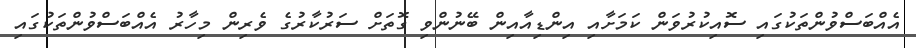
އެއްބަސްވުންތަކުގައި ސޮއިކުރުވަން ކަމަށާއި އިންޑިއާއިން ބޭނުންވި ގޮތަށް ސަރުކާރުގެ ވެރިން މިހާރު އެއްބަސްވުންތަކުގައި